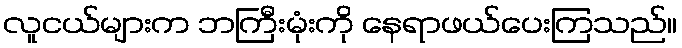
လူငယ်များက ဘကြီးမုံးကို နေရာဖယ်ပေးကြသည်။